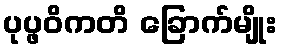
ပုပ္ဖဝိကတိ ခြောက်မျိုး